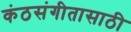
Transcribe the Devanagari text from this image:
कंठसंगीतासाठी